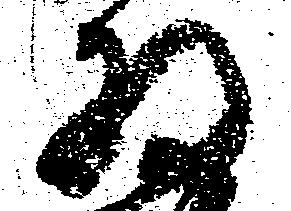
将